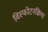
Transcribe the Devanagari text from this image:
विस्फोटनक्रिया